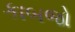
કાબજો